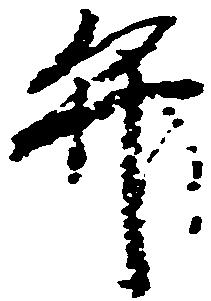
弁